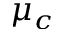
\mu _ { c }